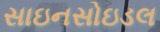
સાઇનસોઇડલ